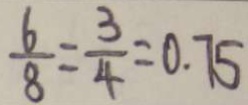
\frac { 6 } { 8 } = \frac { 3 } { 4 } = 0 . 7 5